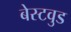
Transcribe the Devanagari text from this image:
बेस्टवुड